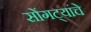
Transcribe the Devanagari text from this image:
सोंगट्यांचे